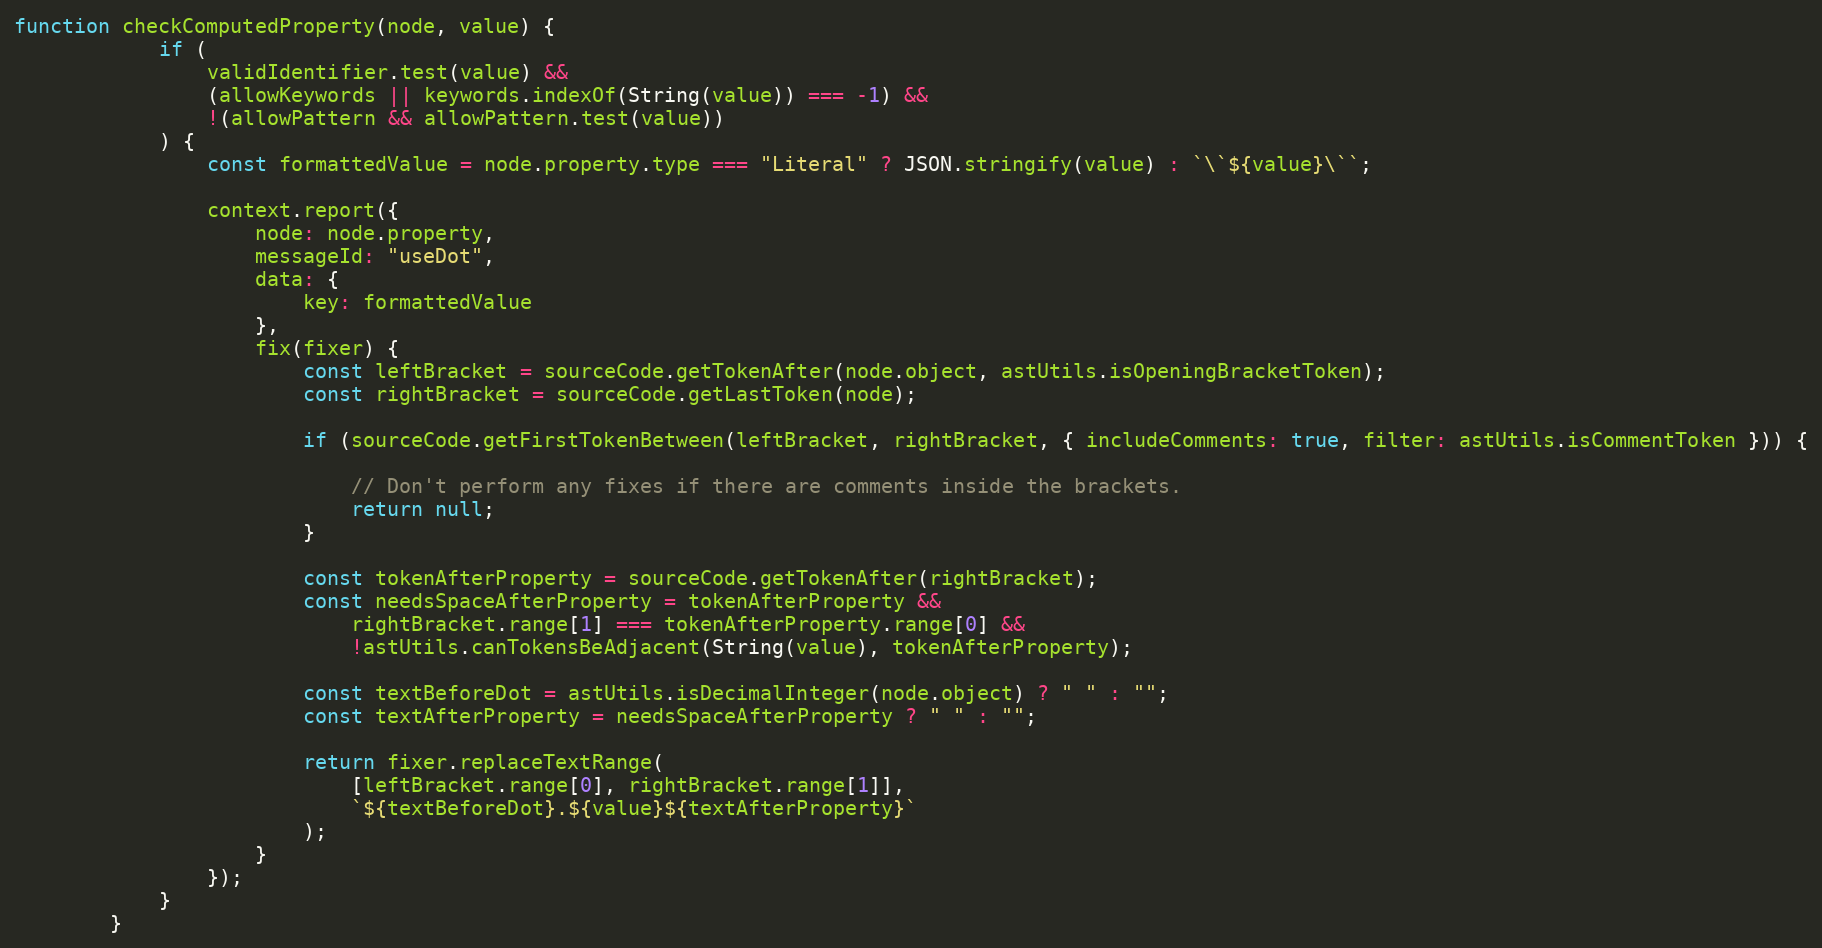
Language: JavaScript
function checkComputedProperty(node, value) {
            if (
                validIdentifier.test(value) &&
                (allowKeywords || keywords.indexOf(String(value)) === -1) &&
                !(allowPattern && allowPattern.test(value))
            ) {
                const formattedValue = node.property.type === "Literal" ? JSON.stringify(value) : `\`${value}\``;

                context.report({
                    node: node.property,
                    messageId: "useDot",
                    data: {
                        key: formattedValue
                    },
                    fix(fixer) {
                        const leftBracket = sourceCode.getTokenAfter(node.object, astUtils.isOpeningBracketToken);
                        const rightBracket = sourceCode.getLastToken(node);

                        if (sourceCode.getFirstTokenBetween(leftBracket, rightBracket, { includeComments: true, filter: astUtils.isCommentToken })) {

                            // Don't perform any fixes if there are comments inside the brackets.
                            return null;
                        }

                        const tokenAfterProperty = sourceCode.getTokenAfter(rightBracket);
                        const needsSpaceAfterProperty = tokenAfterProperty &&
                            rightBracket.range[1] === tokenAfterProperty.range[0] &&
                            !astUtils.canTokensBeAdjacent(String(value), tokenAfterProperty);

                        const textBeforeDot = astUtils.isDecimalInteger(node.object) ? " " : "";
                        const textAfterProperty = needsSpaceAfterProperty ? " " : "";

                        return fixer.replaceTextRange(
                            [leftBracket.range[0], rightBracket.range[1]],
                            `${textBeforeDot}.${value}${textAfterProperty}`
                        );
                    }
                });
            }
        }